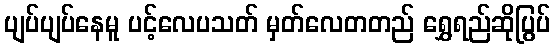
ပျပ်ပျပ်နေမူ ပင့်လေပသတ် မှတ်လေတတည် ရွှေရည်ဆိုပြွပ်